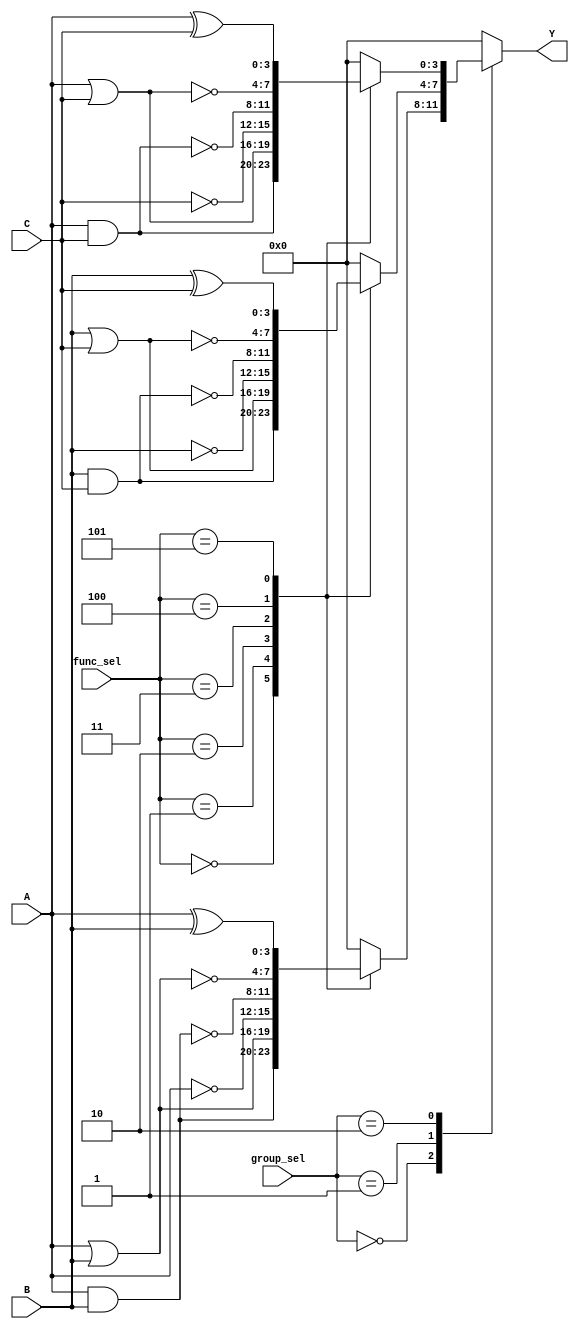
module AdjacencyGroups (
    input wire [3:0] A,          // 4-bit input for Group 1
    input wire [3:0] B,          // 4-bit input for Group 2
    input wire [3:0] C,          // 4-bit input for Group 3
    input wire [1:0] group_sel,  // Select control signal for groups
    input wire [2:0] func_sel,    // Select control signal for functions
    output wire [3:0] Y          // 4-bit output
);

// Internal wires for group outputs
wire [3:0] group1_out;
wire [3:0] group2_out;
wire [3:0] group3_out;

// Group 1 Logic Functions
always @(*) begin
    case (func_sel)
        3'b000: group1_out = A & B;  // AND
        3'b001: group1_out = A | B;  // OR
        3'b010: group1_out = ~A;      // NOT A
        3'b011: group1_out = ~(A & B); // NAND
        3'b100: group1_out = ~(A | B); // NOR
        3'b101: group1_out = A ^ B;  // XOR
        default: group1_out = 4'b0000; // Default to 0
    endcase
end

// Group 2 Logic Functions
always @(*) begin
    case (func_sel)
        3'b000: group2_out = B & C;  // AND
        3'b001: group2_out = B | C;  // OR
        3'b010: group2_out = ~B;      // NOT B
        3'b011: group2_out = ~(B & C); // NAND
        3'b100: group2_out = ~(B | C); // NOR
        3'b101: group2_out = B ^ C;  // XOR
        default: group2_out = 4'b0000; // Default to 0
    endcase
end

// Group 3 Logic Functions
always @(*) begin
    case (func_sel)
        3'b000: group3_out = A & C;  // AND
        3'b001: group3_out = A | C;  // OR
        3'b010: group3_out = ~C;      // NOT C
        3'b011: group3_out = ~(A & C); // NAND
        3'b100: group3_out = ~(A | C); // NOR
        3'b101: group3_out = A ^ C;  // XOR
        default: group3_out = 4'b0000; // Default to 0
    endcase
end

// Output Selection based on group_sel
always @(*) begin
    case (group_sel)
        2'b00: Y = group1_out; // Output from Group 1
        2'b01: Y = group2_out; // Output from Group 2
        2'b10: Y = group3_out; // Output from Group 3
        default: Y = 4'b0000;   // Default to 0
    endcase
end

endmodule